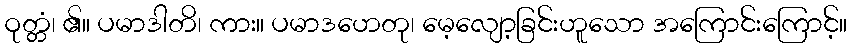
ဝုတ္တံ၊ ၏။ ပမာဒါတိ၊ ကား။ ပမာဒဟေတု၊ မေ့လျော့ခြင်းဟူသော အကြောင်းကြောင့်။